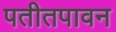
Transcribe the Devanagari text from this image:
पतीतपावन